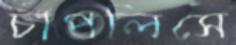
চাপলিসে